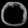
Digit: ၀